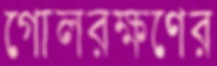
গোলরক্ষণের